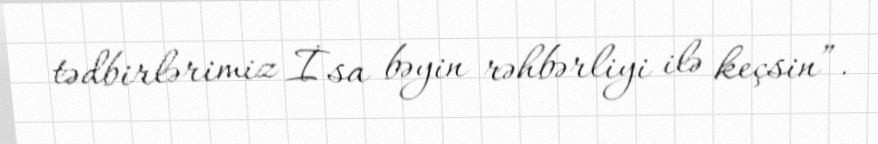
tədbirlərimiz İsa bəyin rəhbərliyi ilə keçsin”.